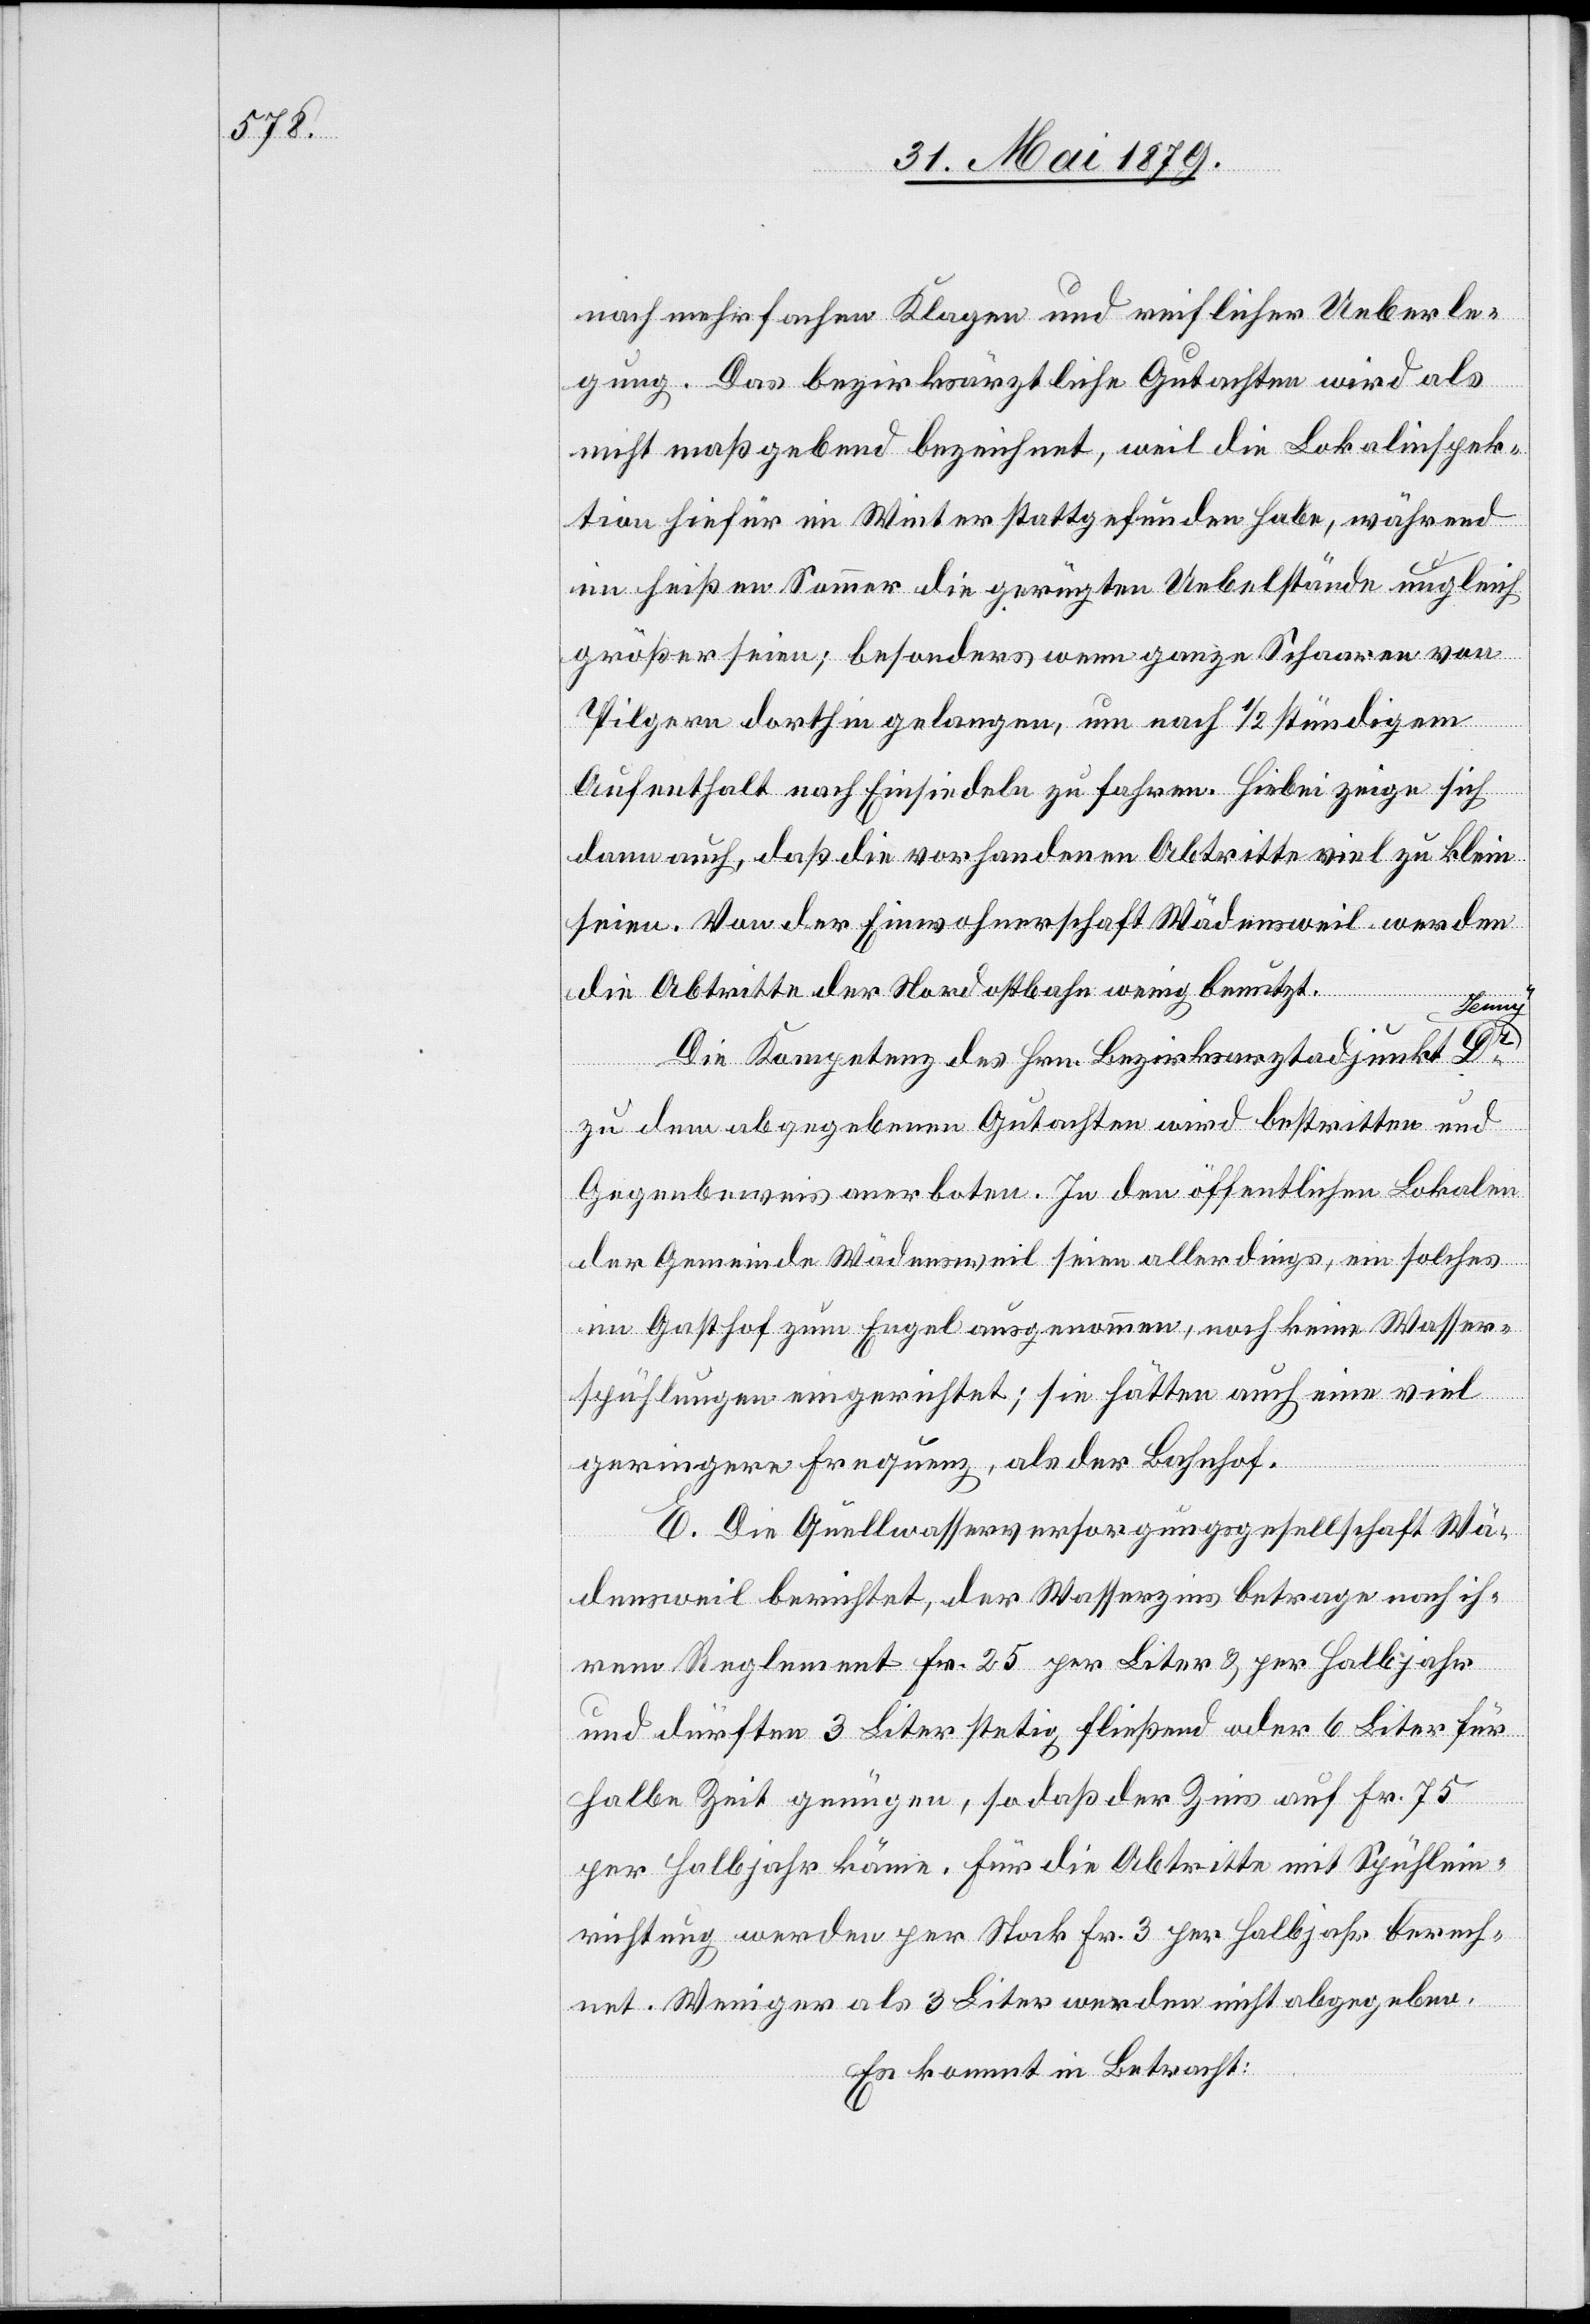
nach mehrfachen Klagen und reichlicher Ueberle¬
gung. Das bezirksärztliche Gutachten wird als
nicht maßgebend bezeichnet, weil die Lokalinspek¬
tion hiefür im Winter stattgefunden habe, während
im heißen Sommer die gerügten Uebelstände ungleich
größer seien; besonders wenn ganze Schaaren von
Pilgern dorthin gelangen, um nach 1/2 stündigem
Aufenthalt nach Einsiedeln zu fahren. Hiebei zeige sich
dann auch, daß die vorhandenen Abtritte viel zu klein
seien. Von der Einwohnerschaft Wädensweil werden
die Abtritte der Nordostbahn wenig benutzt.
Die Kompetenz des Hrn. Bezirksarztadjunkt Dr
Jenny
zu dem abgegebenen Gutachten wird bestritten und
Gegenbeweis anerboten. In den öffentlichen Lokalen
der Gemeinde Wädensweil seien allerdings, ein solches
im Gasthof zum Engel ausgenommen, noch keine Wasser¬
spühlungen eingerichtet; sie hätten auch eine viel
geringere Frequenz, als der Bahnhof.
E. Die Quellwasserversorgungsgesellschaft Wä¬
densweil berichtet, der Wasserzins betrage nach ih¬
rem Reglement Fr. 25 per Liter & per Halbjahr
und dürften 3 Liter stetig fließend oder 6 Liter für
halbe Zeit genügen, so daß der Zins auf Fr. 75
per Halbjahr käme. Für die Abtritte mit Spühlein¬
richtung werden per Stock Fr. 3 per Halbjahr berech¬
net. Weniger als 3 Liter werden nicht abgegeben.
Es kommt in Betracht: